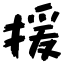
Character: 援